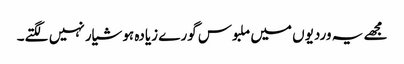
مجھے یہ وردیوں میں ملبوس گورے زیادہ ہوشیار نہیں لگتے۔